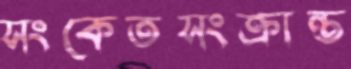
সংকেতসংক্রান্ত